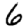
Digit: 6